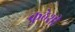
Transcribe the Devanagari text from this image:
कुठेशी